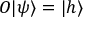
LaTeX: O | \psi \rangle = | h \rangle